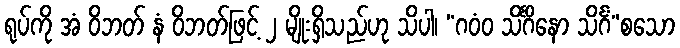
ရုပ်ကို အံ ဝိဘတ် နံ ဝိဘတ်ဖြင့် ၂ မျိုးရှိသည်ဟု သိပါ၊ “ဂဝံဝ သိင်္ဂိနော သိင်္ဂံ”စသော